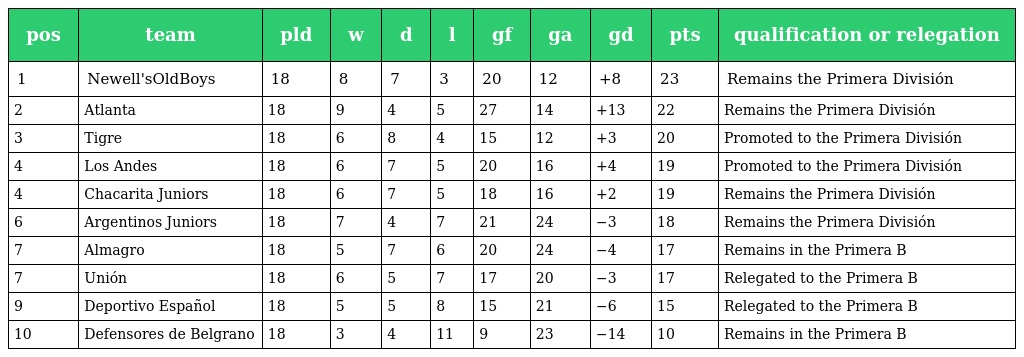
| pos | team | pld | w | d | l | gf | ga | gd | pts | qualification or relegation |
 | --- | --- | --- | --- | --- | --- | --- | --- | --- | --- | --- |
 | 1 | Newell'sOldBoys | 18 | 8 | 7 | 3 | 20 | 12 | +8 | 23 | Remains the Primera División |
 | 2 | Atlanta | 18 | 9 | 4 | 5 | 27 | 14 | +13 | 22 | Remains the Primera División |
 | 3 | Tigre | 18 | 6 | 8 | 4 | 15 | 12 | +3 | 20 | Promoted to the Primera División |
 | 4 | Los Andes | 18 | 6 | 7 | 5 | 20 | 16 | +4 | 19 | Promoted to the Primera División |
 | 4 | Chacarita Juniors | 18 | 6 | 7 | 5 | 18 | 16 | +2 | 19 | Remains the Primera División |
 | 6 | Argentinos Juniors | 18 | 7 | 4 | 7 | 21 | 24 | −3 | 18 | Remains the Primera División |
 | 7 | Almagro | 18 | 5 | 7 | 6 | 20 | 24 | −4 | 17 | Remains in the Primera B |
 | 7 | Unión | 18 | 6 | 5 | 7 | 17 | 20 | −3 | 17 | Relegated to the Primera B |
 | 9 | Deportivo Español | 18 | 5 | 5 | 8 | 15 | 21 | −6 | 15 | Relegated to the Primera B |
 | 10 | Defensores de Belgrano | 18 | 3 | 4 | 11 | 9 | 23 | −14 | 10 | Remains in the Primera B |